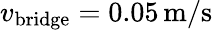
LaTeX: v_{\mathrm{bridge}}=0.05\, \mathrm{m}/\mathrm{s}